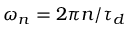
\omega _ { n } = 2 \pi n / \tau _ { d }